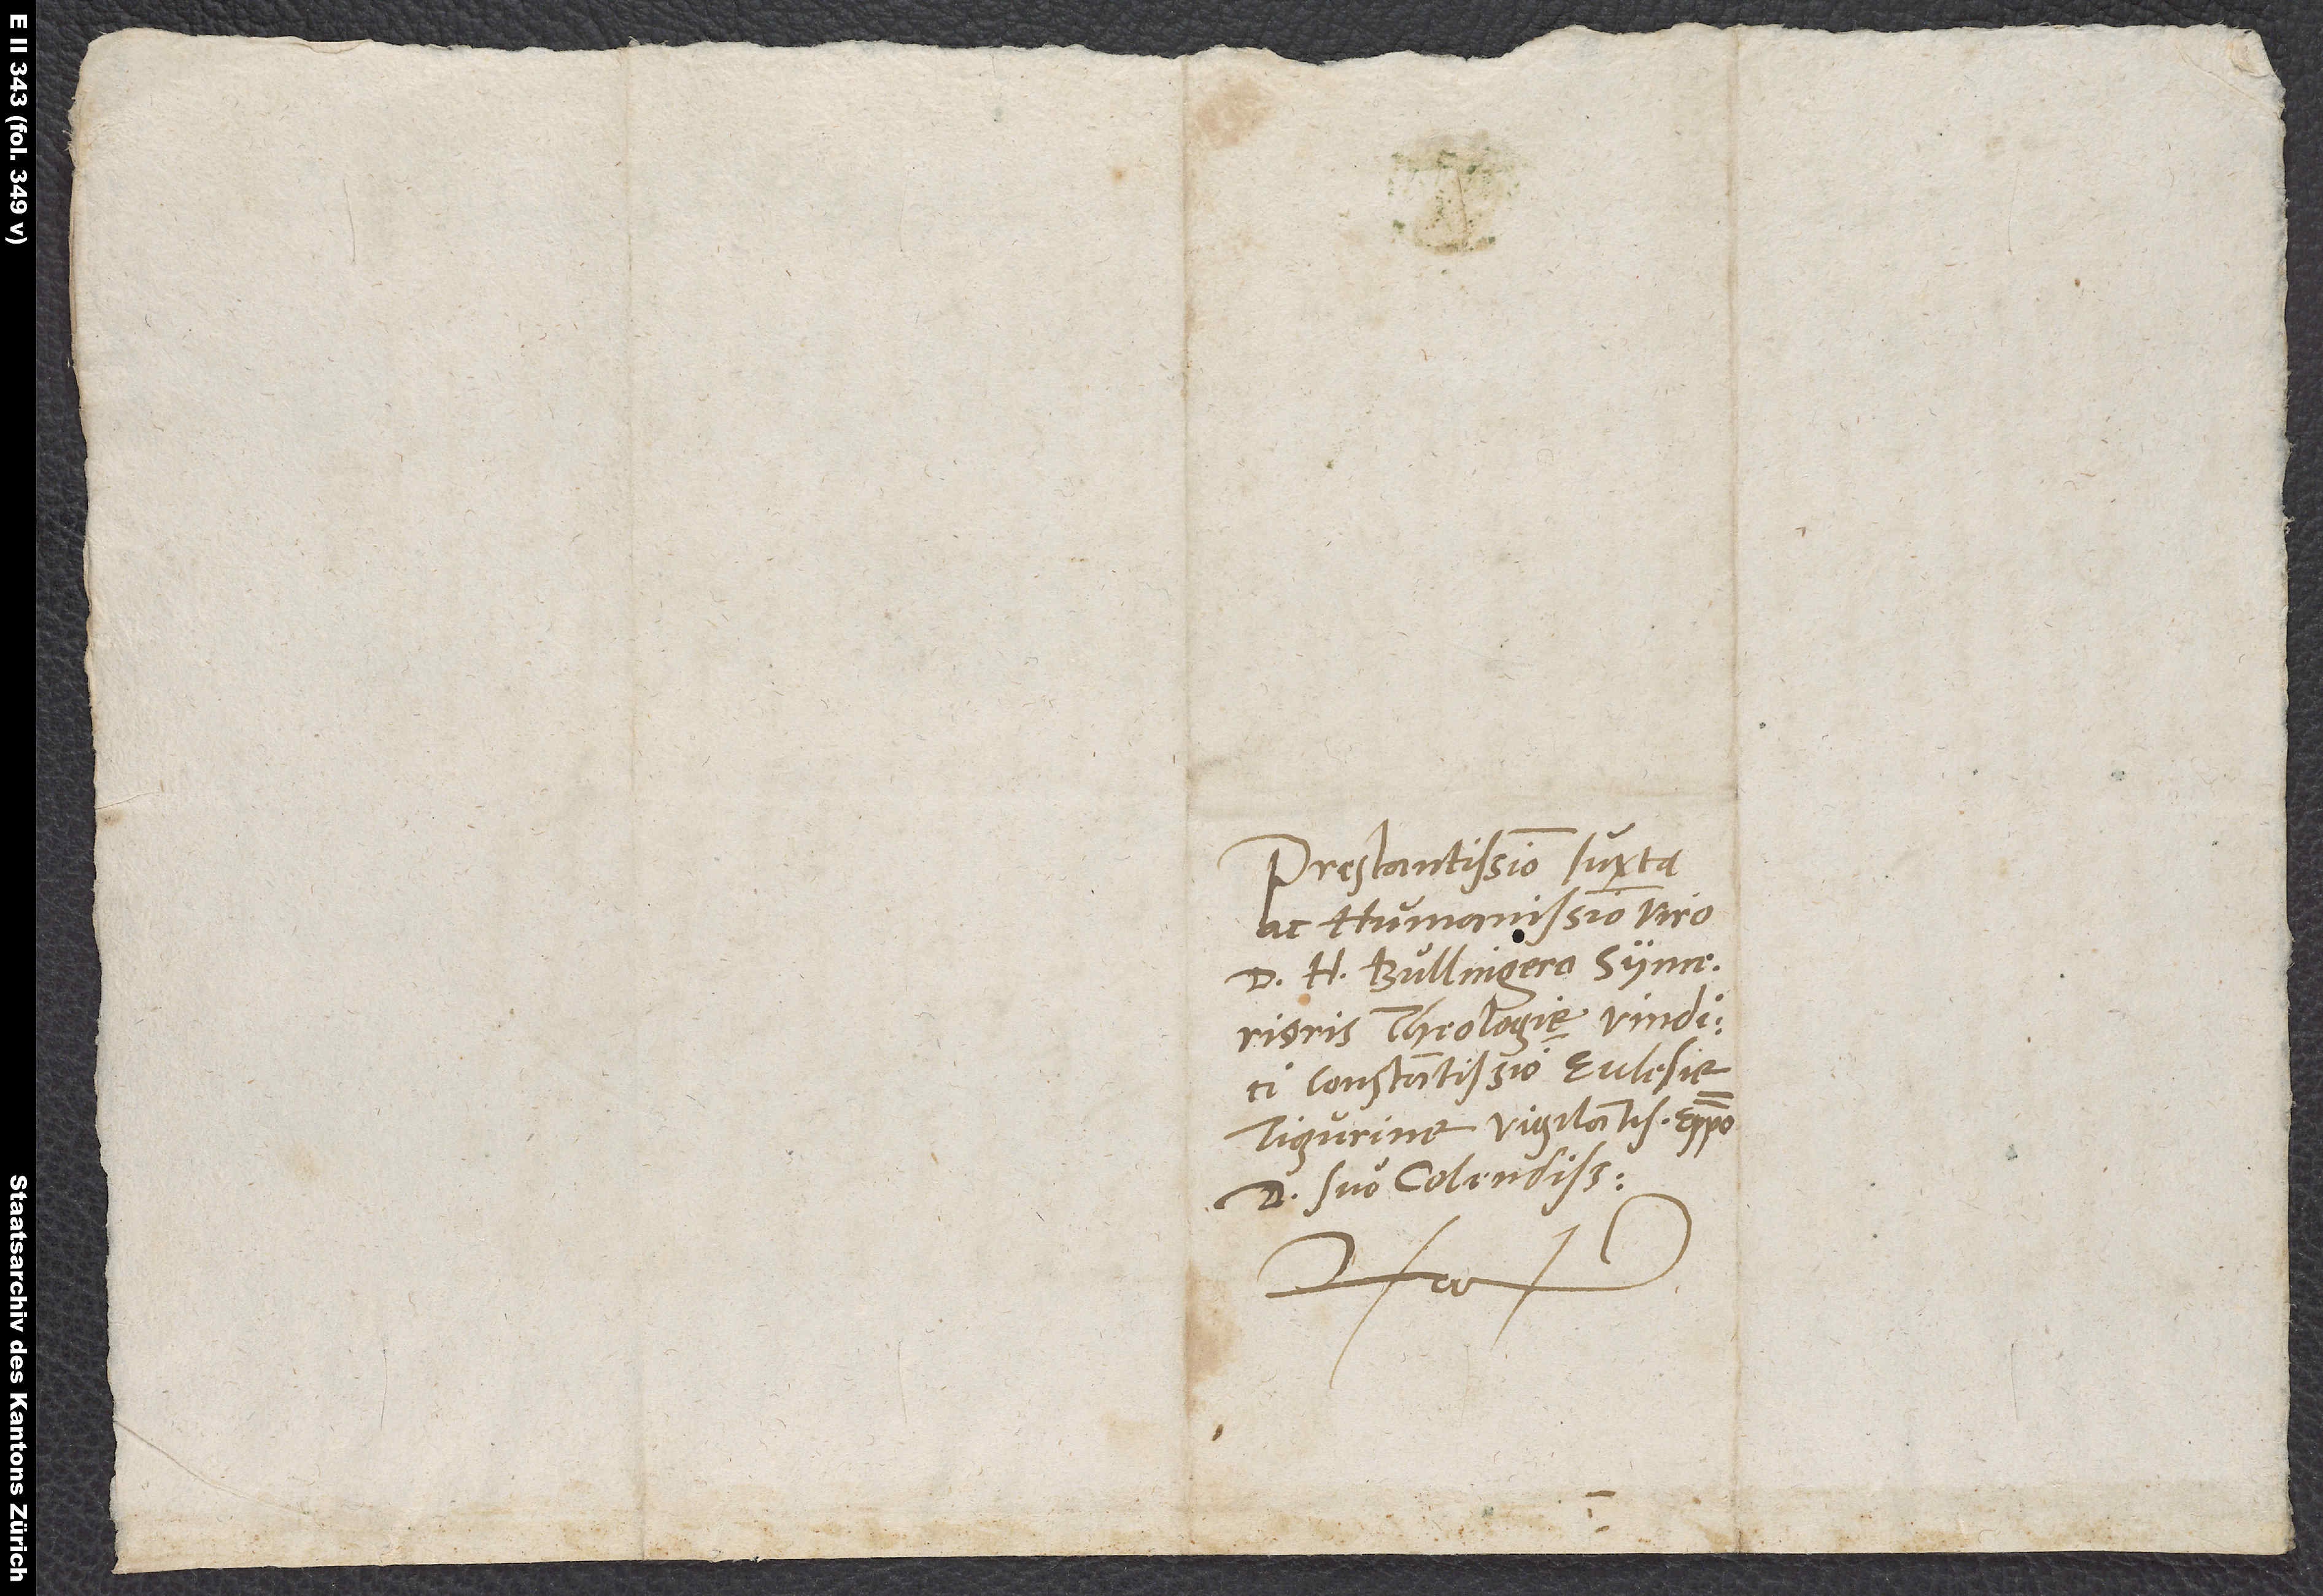
Prestantissimo iuxta
ac humanissimo viro
theologie vindici
constantissimo, ecclesie
Tigurine vigilantissimo episcopo,